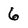
Character: 6